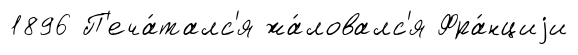
1896 П'еча́талс'я жа́ловалс'я Фра́нциjи